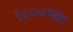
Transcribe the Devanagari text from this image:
१८००च्या